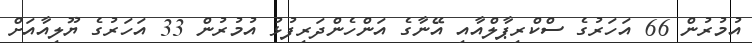
އުމުރުން 66 އަހަރުގެ ސްކްރިޕާލްއާއި އޭނާގެ އަންހެންދަރިފުޅު އުމުރުން 33 އަހަރުގެ ޔޫލިއާއަށް